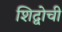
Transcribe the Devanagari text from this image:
शिद्वोची